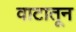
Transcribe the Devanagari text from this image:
वाटातून